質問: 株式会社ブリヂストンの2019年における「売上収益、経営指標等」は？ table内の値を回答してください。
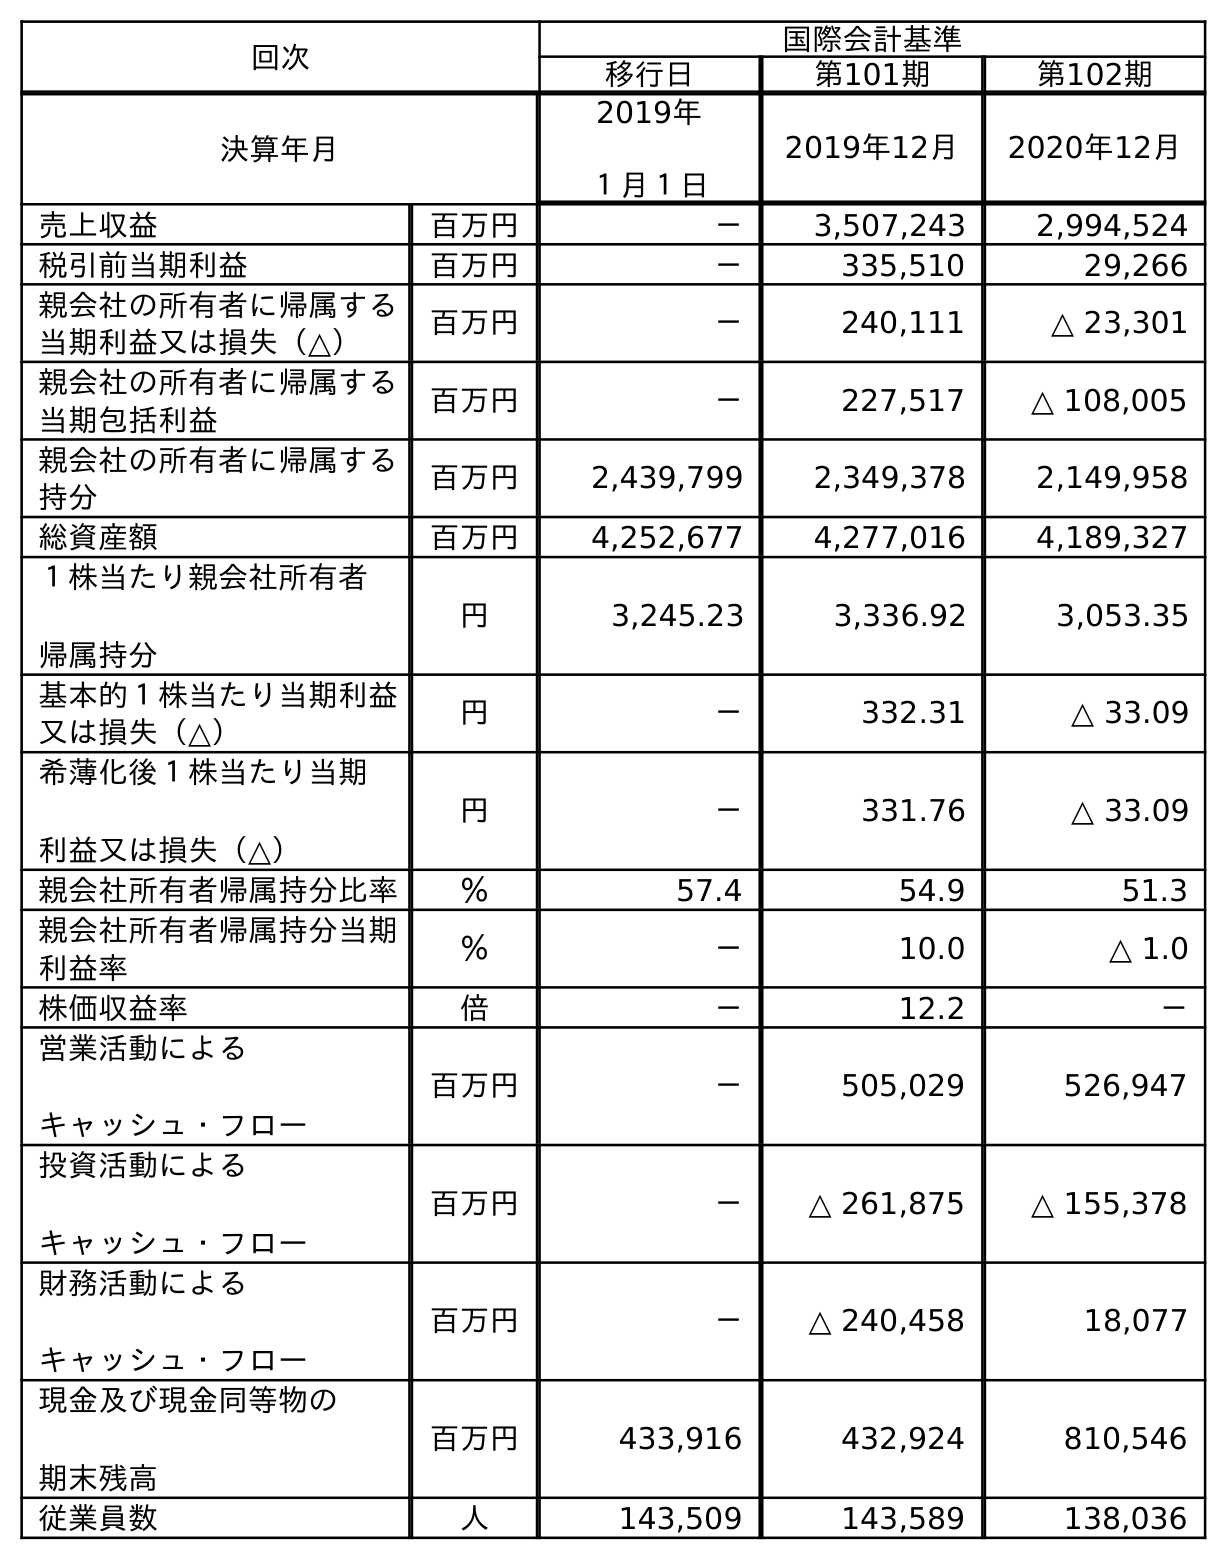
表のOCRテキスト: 回次 国際会計基準 移行日 第101期 第102期 決算年月 2019年 １月１日 2019年12月 2020年12月 売上収益 百万円 － 3,507,243 2,994,524 税引前当期利益 百万円 － 335,510 29,266 親会社の所有者に帰属する 当期利益又は損失（△） 百万円 － 240,111 △ 23,301 親会社の所有者に帰属する 当期包括利益 百万円 － 227,517 △ 108,005 親会社の所有者に帰属する 持分 百万円 2,439,799 2,349,378 2,149,958 総資産額 百万円 4,252,677 4,277,016 4,189,327 １株当たり親会社所有者 帰属持分 円 3,245.23 3,336.92 3,053.35 基本的１株当たり当期利益 又は損失（△） 円 － 332.31 △ 33.09 希薄化後１株当たり当期 利益又は損失（△） 円 － 331.76 △ 33.09 親会社所有者帰属持分比率 ％ 57.4 54.9 51.3 親会社所有者帰属持分当期 利益率 ％ － 10.0 △ 1.0 株価収益率 倍 － 12.2 － 営業活動による キャッシュ・フロー 百万円 － 505,029 526,947 投資活動による キャッシュ・フロー 百万円 － △ 261,875 △ 155,378 財務活動による キャッシュ・フロー 百万円 － △ 240,458 18,077 現金及び現金同等物の 期末残高 百万円 433,916 432,924 810,546 従業員数 人 143,509 143,589 138,036
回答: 3,507,243